Indian journal of veterinary science and animal husbandry - Volume 12,
Year: 1942
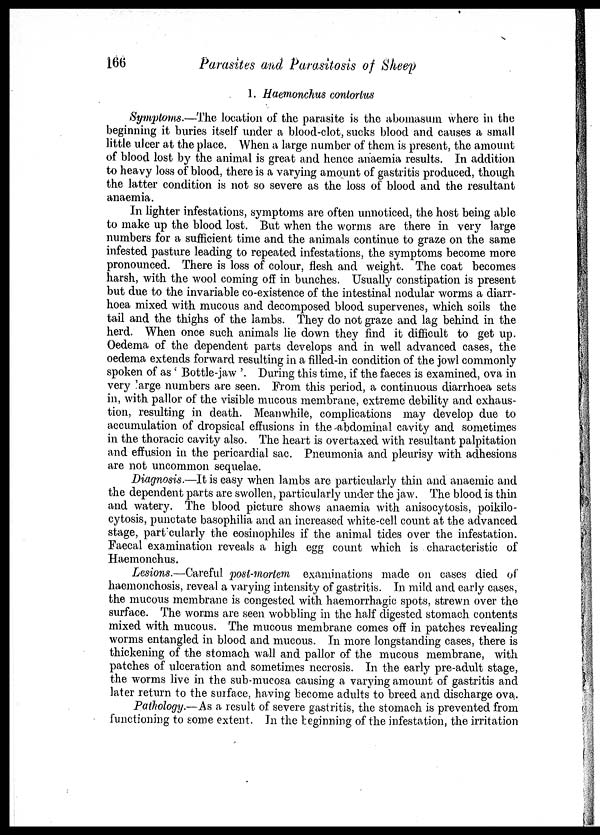
166
Parasites and Parasitosis of Sheep
1. Haemonchus contortus
Symptoms.—The location of the parasite is the abomasum where in the
beginning it buries itself under a blood-clot, sucks blood and causes a small
little ulcer at the place. When a large number of them is present, the amount
of blood lost by the animal is great and hence anaemia results. In addition
to heavy loss of blood, there is a varying amount of gastritis produced, though
the latter condition is not so severe as the loss of blood and the resultant
anaemia.
In lighter infestations, symptoms are often unnoticed, the host being able
to make up the blood lost. But when the worms are there in very large
numbers for a sufficient time and the animals continue to graze on the same
infested pasture leading to repeated infestations, the symptoms become more
pronounced. There is loss of colour, flesh and weight. The coat becomes
harsh, with the wool coming off in bunches. Usually constipation is present
but due to the invariable co-existence of the intestinal nodular worms a diarr-
hoea mixed with mucous and decomposed blood supervenes, which soils the
tail and the thighs of the lambs. They do not graze and lag behind in the
herd. When once such animals lie down they find it difficult to get up.
Oedema of the dependent parts develops and in well advanced cases, the
oedema extends forward resulting in a filled-in condition of the jowl commonly
spoken of as ' Bottle-jaw '. During this time, if the faeces is examined, ova in
very large numbers are seen. From this period, a continuous diarrhoea sets
in, with pallor of the visible mucous membrane, extreme debility and exhaus-
tion, resulting in death. Meanwhile, complications may develop due to
accumulation of dropsical effusions in the abdominal cavity and sometimes
in the thoracic cavity also. The heart is overtaxed with resultant palpitation
and effusion in the pericardial sac. Pneumonia and pleurisy with adhesions
are not uncommon sequelae.
Diagnosis.—It is easy when lambs are particularly thin and anaemic and
the dependent parts are swollen, particularly under the jaw. The blood is thin
and watery. The blood picture shows anaemia with anisocytosis, poikilo-
cytosis, punctate basophilia and an increased white-cell count at the advanced
stage, particularly the eosinophiles if the animal tides over the infestation.
Faecal examination reveals a high egg count which is characteristic of
Haemonchus.
Lesions.—Careful post-mortem examinations made on cases died of
haemonchosis, reveal a varying intensity of gastritis. In mild and early cases,
the mucous membrane is congested with haemorrhagic spots, strewn over the
surface. The worms are seen wobbling in the half digested stomach contents
mixed with mucous. The mucous membrane comes off in patches revealing
worms entangled in blood and mucous. In more longstanding cases, there is
thickening of the stomach wall and pallor of the mucous membrane, with
patches of ulceration and sometimes necrosis. In the early pre-adult stage,
the worms live in the sub-mucosa causing a varying amount of gastritis and
later return to the surface, having become adults to breed and discharge ova.
Pathology.—As a result of severe gastritis, the stomach is prevented from
functioning to some extent. In the beginning of the infestation, the irritation